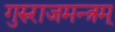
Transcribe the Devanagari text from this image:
गुरुराजमन्त्रम्